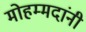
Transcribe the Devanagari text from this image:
मोहम्मदांनी